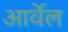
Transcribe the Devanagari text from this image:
आर्वेल